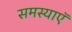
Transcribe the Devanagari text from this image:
समस्याऍ